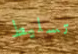
تسليط